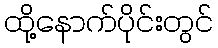
ထို့နောက်ပိုင်းတွင်